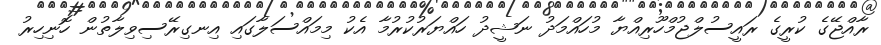
ރާއްޖޭގެ ކުރީގެ ރައީސުލްޖުމްހޫރިއްޔާ މުހައްމަދު ނަޝީދު ހައްޔަރުކުރުމާ އެކު މިމައްސަލާގައި އިނގިރޭސިވިލާތުން ހޮނިހިރު